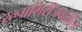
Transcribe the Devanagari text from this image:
रत्‍नागिरीजवळील